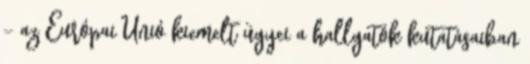
- az Európai Unió kiemelt ügyei a hallgatók kutatásaiban